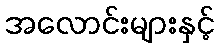
အလောင်းများနှင့်